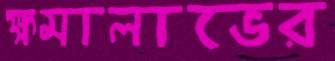
ক্ষমালাভের